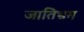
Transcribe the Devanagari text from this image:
जातिभ्रम